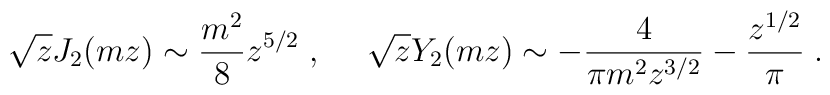
\sqrt{z} J_2(m z) \sim {m^2\over 8}z^{5/2}\; , ~~~~ \sqrt{z} Y_2(m z) \sim -{4\over \pi m^2z^{3/2}} - {z^{1/2}\over\pi}\; .